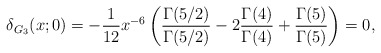
\begin{align*}\delta_{G_{3}}(x;0)=-{1\over 12}{x^{-6}} \left({\Gamma(5/2)\over \Gamma(5/2)}-2{\Gamma(4)\over \Gamma(4)}+{\Gamma(5)\over \Gamma(5)}\right)=0,\end{align*}